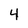
Character: 4